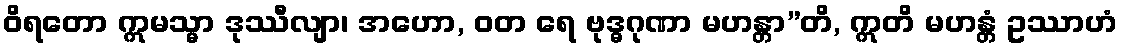
ဝိရတော ဣမသ္မာ ဒုဿီလျာ၊ အဟော, ဝတ ရေ ဗုဒ္ဓဂုဏာ မဟန္တာ”တိ, ဣတိ မဟန္တံ ဥဿာဟံ